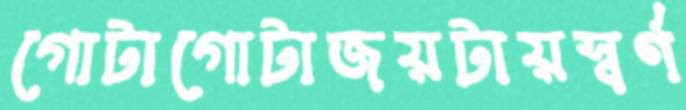
গোটাগোটাজয়টায়স্বর্ণ